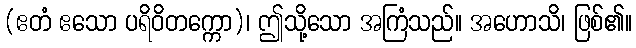
(ဧတံ ဧသော ပရိဝိတက္ကော)၊ ဤသို့သော အကြံသည်။ အဟောသိ၊ ဖြစ်၏။